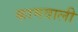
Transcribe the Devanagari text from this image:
कामवाली